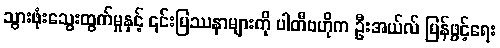
သွားဖုံးသွေးထွက်မှုနှင့် ၎င်းပြဿနာများကို ပါတီဗဟိုက ဦးအယ်လ် ပြန်ဖွင့်ရေး